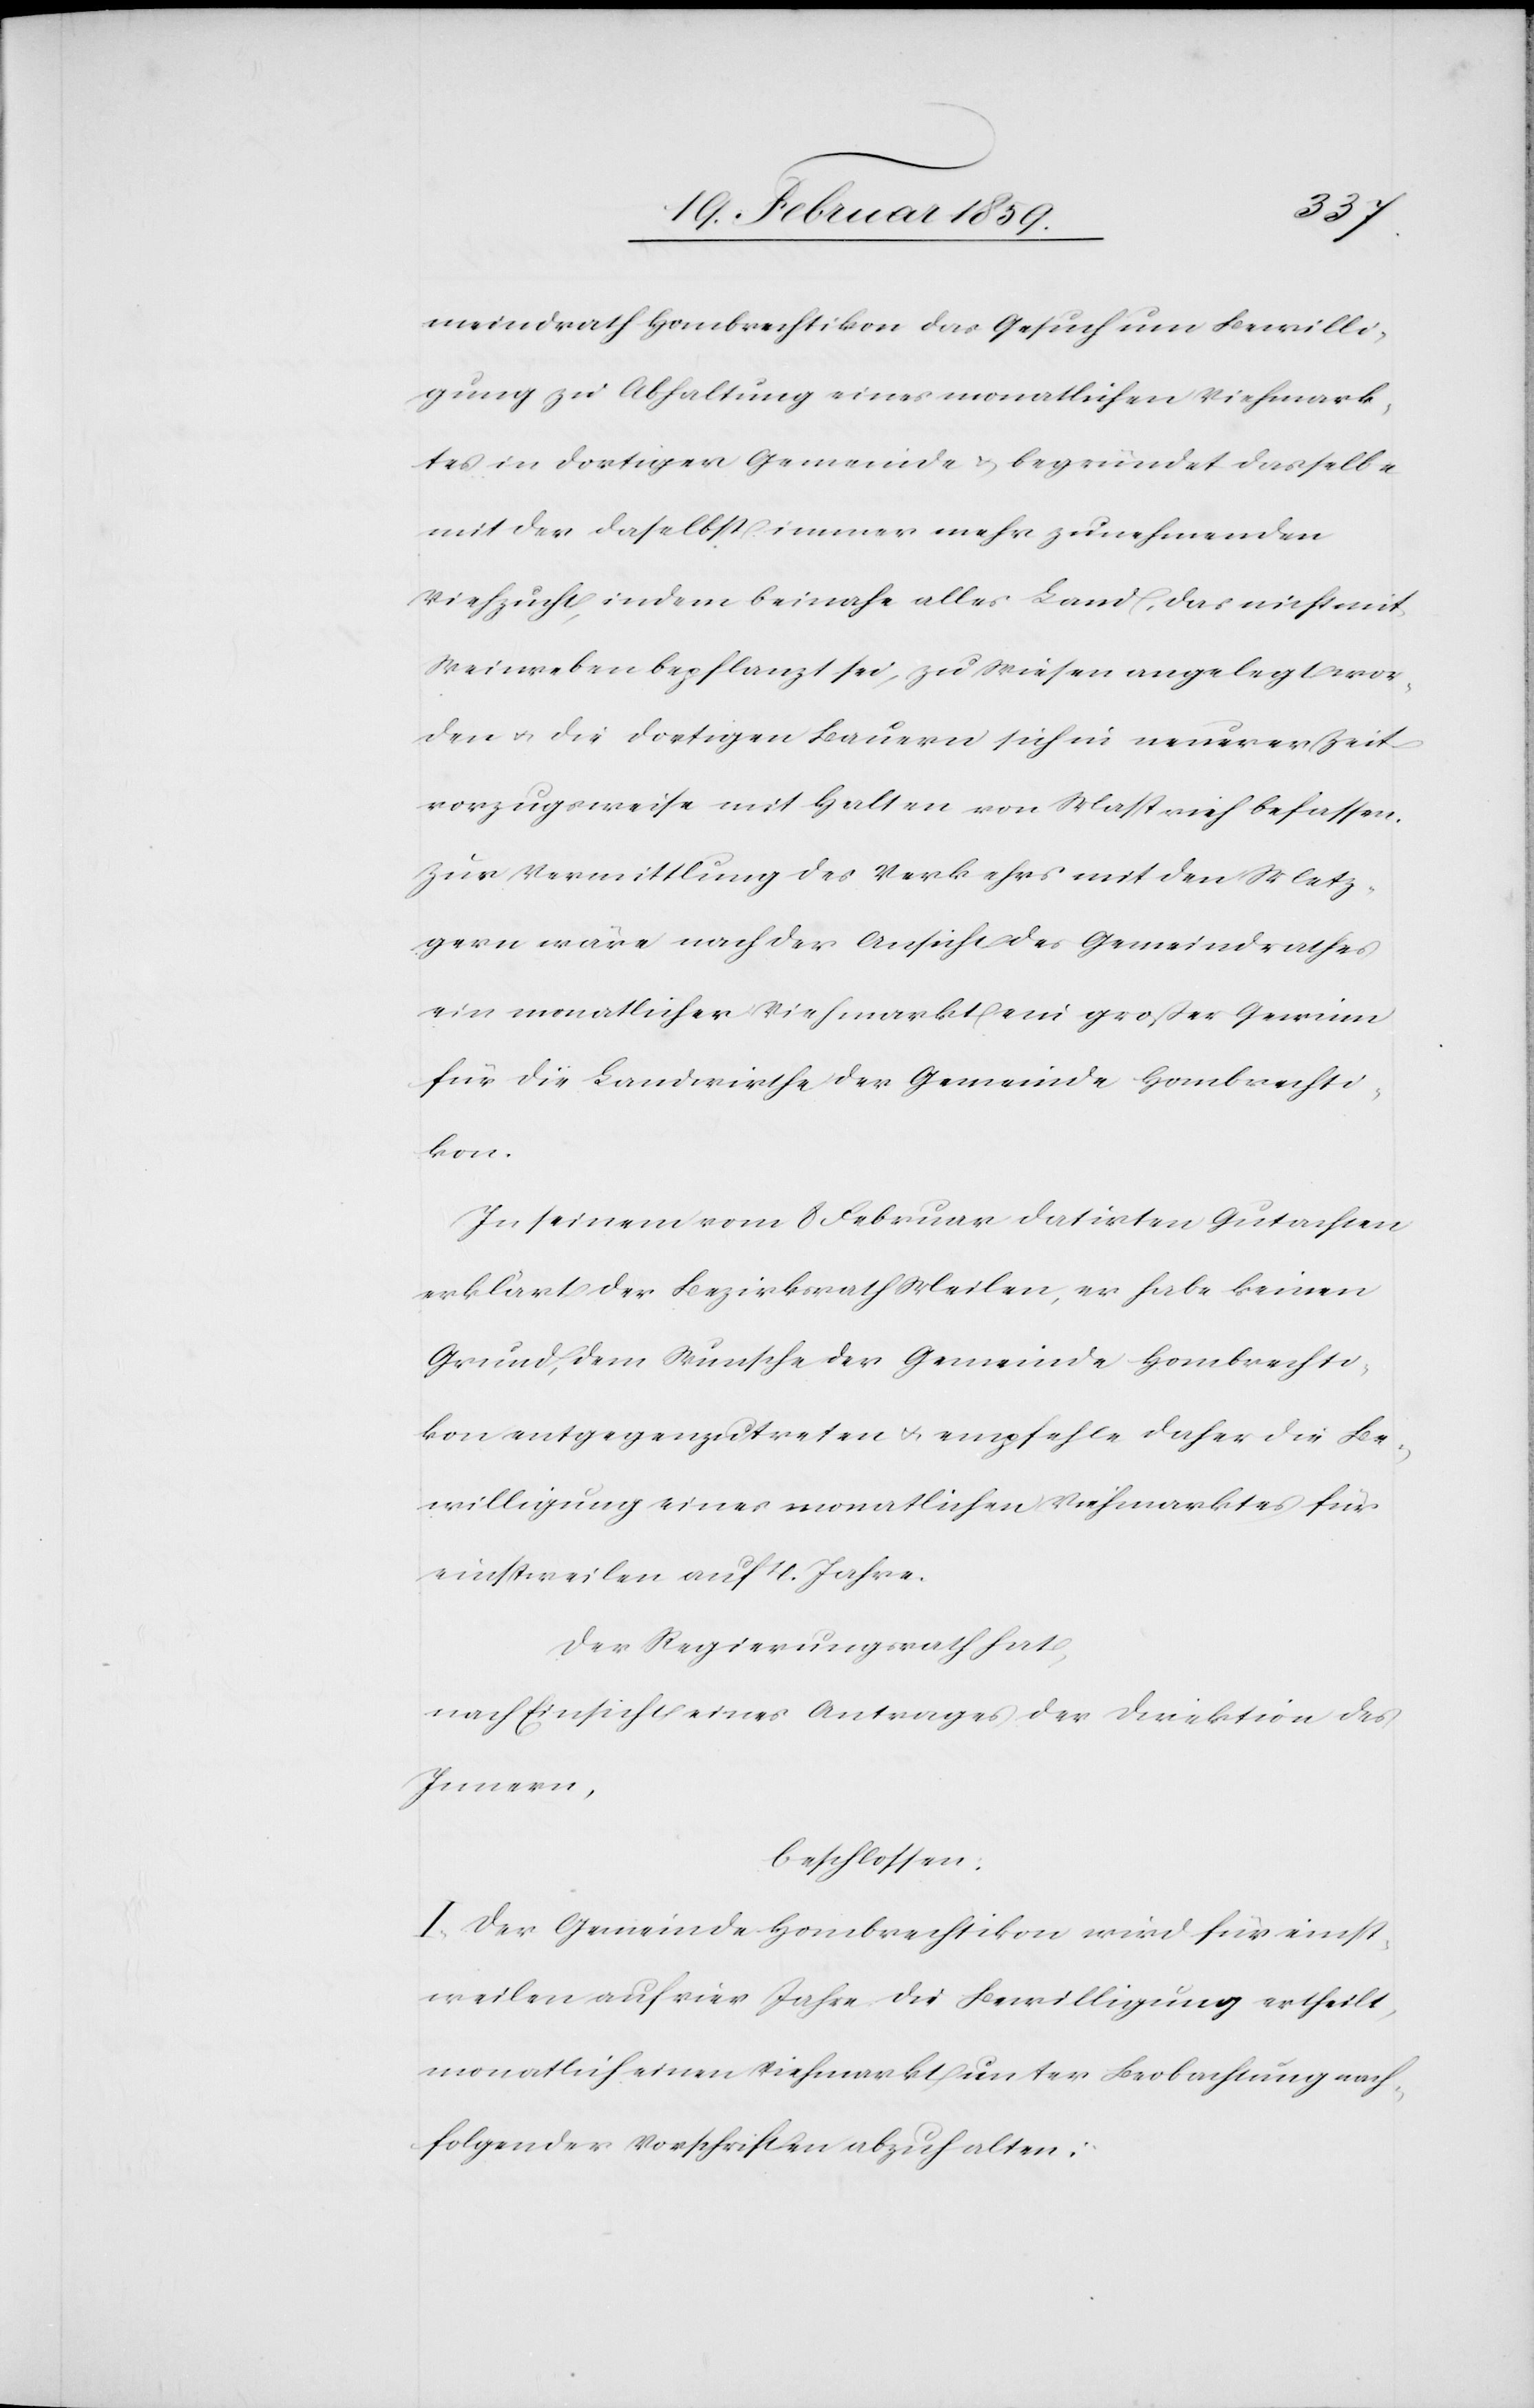
meindrath Hombrechtikon das Gesuch um Bewilli¬
gung zu Abhaltung eines monatlichen Viehmark¬
tes in dortiger Gemeinde & begründet dasselbe
mit der daselbst immer mehr zunehmenden
Viehzucht, indem beinahe alles Land, das nicht mit
Weinreben bepflanzt sei, zu Wiesen angelegt wor¬
den u. die dortigen Bauern sich in neuerer Zeit
vorzugsweise mit Halten von Mastvieh befassen.
Zur Vermittlung des Verkehrs mit den Metz¬
gern wäre nach der Ansicht des Gemeindrathes
ein monatlicher Viehmarkt ein großer Gewinn
für die Landwirthe der Gemeinde Hombrechti¬
kon.
In seinem vom 8 Februar datirten Gutachten
erklärt der Bezirksrath Meilen, er habe keinen
Grund, dem Wunsche der Gemeinde Hombrechti¬
kon entgegenzutreten u. empfehle daher die Be¬
willigung eines monatlichen Viehmarktes für
einstweilen auf 4. Jahre.
Der Regierungsrath hat,
nach Einsicht eines Antrages der Direktion des
Innern,
beschlossen:
I. Der Gemeinde Hombrechtikon wird für einst¬
weilen auf vier Jahre die Bewilligung ertheilt,
monatlich einen Viehmarkt unter Beobachtung nach¬
folgender Vorschriften abzuhalten: